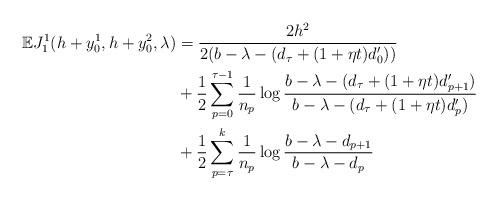
LaTeX: \begin{align*} \mathbb{E} J_1^1(h+y_0^1,h+y_0^2,\lambda)&=\frac{2h^2}{2(b-\lambda-(d_{\tau}+(1+\eta t)d_0'))}\\&+\frac{1}{2}\sum_{p=0}^{\tau-1}\frac{1}{n_p}\log\frac{b-\lambda-(d_{\tau}+(1+\eta t)d_{p+1}')}{b-\lambda-(d_{\tau}+(1+\eta t)d_p')}\\&+\frac{1}{2}\sum_{p=\tau}^{k}\frac{1}{n_p}\log\frac{b-\lambda-d_{p+1}}{b-\lambda-d_p} \end{align*}